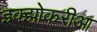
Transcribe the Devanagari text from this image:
इक्झोकरीआ